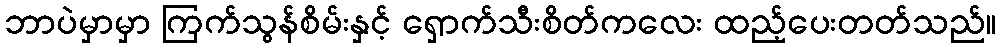
ဘာပဲမှာမှာ ကြက်သွန်စိမ်းနှင့် ရှောက်သီးစိတ်ကလေး ထည့်ပေးတတ်သည်။